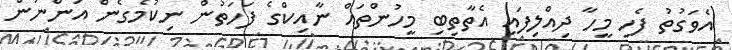
އެވަގުތު ފެހި މީހާ ދިއްލިފައި އެތާތިބި މީހުންތައް ނާއިކްގެ ފަހަތުން ނިކުމެގެން އަންނަން